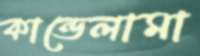
কান্ডেলামা